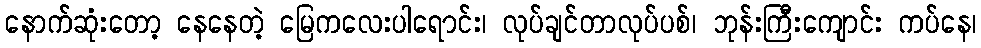
နောက်ဆုံးတော့ နေနေတဲ့ မြေကလေးပါရောင်း၊ လုပ်ချင်တာလုပ်ပစ်၊ ဘုန်းကြီးကျောင်း ကပ်နေ၊